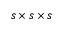
s \times s \times s